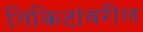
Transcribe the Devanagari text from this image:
तिकिटांवरील